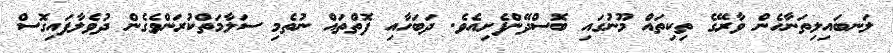
ލަނބައިލިތަނާހެން ވާރޭގެ ތިކިތައް މޫނުގައި ބޮސްދޭންފެށިއެވެ. ދަބަހާއި ފޮތްތައް ނުތެމި ސަލާމަތްކުރަންވެގެން ދުވެލާފައިގޮސް